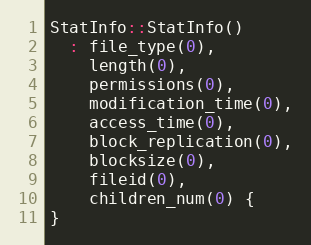
Language: C++
StatInfo::StatInfo()
  : file_type(0),
    length(0),
    permissions(0),
    modification_time(0),
    access_time(0),
    block_replication(0),
    blocksize(0),
    fileid(0),
    children_num(0) {
}